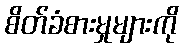
စိတ်ခံစားမှုများကို